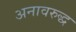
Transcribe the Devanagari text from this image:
अनावरुद्ध